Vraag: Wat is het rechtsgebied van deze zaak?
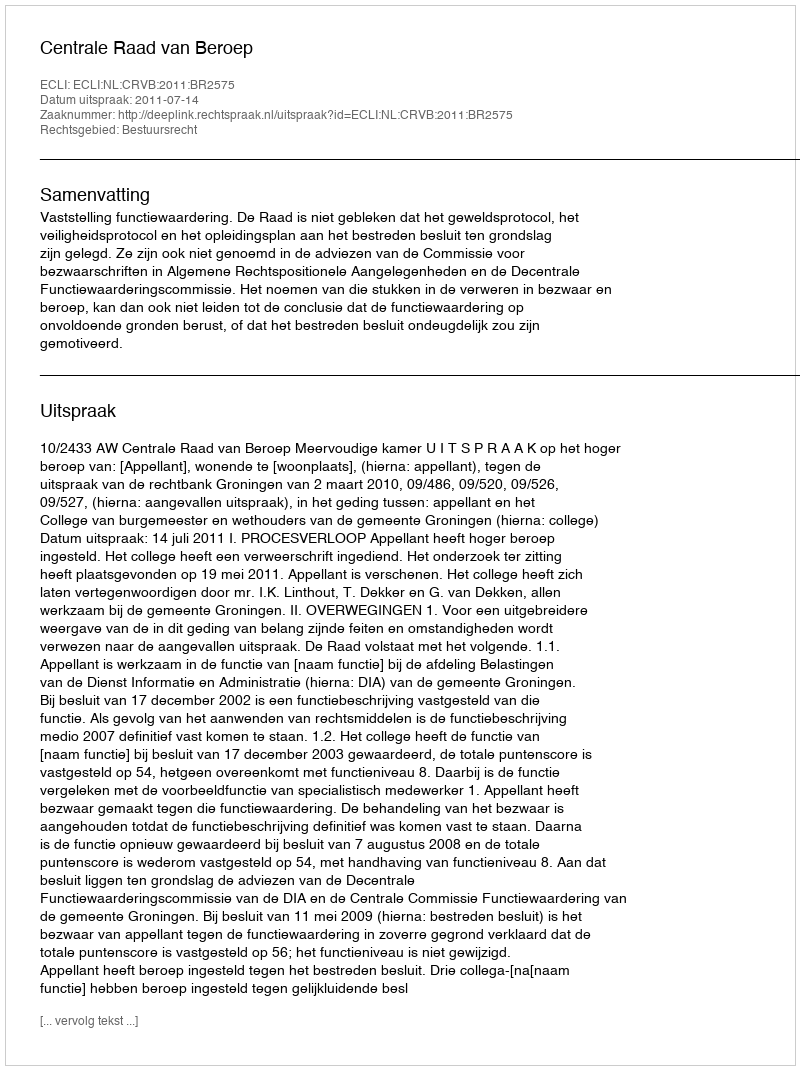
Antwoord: Bestuursrecht